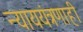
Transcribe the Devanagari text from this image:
न्याययंत्रणाही